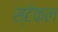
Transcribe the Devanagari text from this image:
स्टेकल